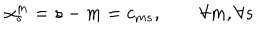
LaTeX: \alpha _ { s } ^ { m } = s - m = c _ { m s } , \qquad \forall m , \forall s